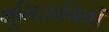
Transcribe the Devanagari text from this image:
भूमिज्ञानियों